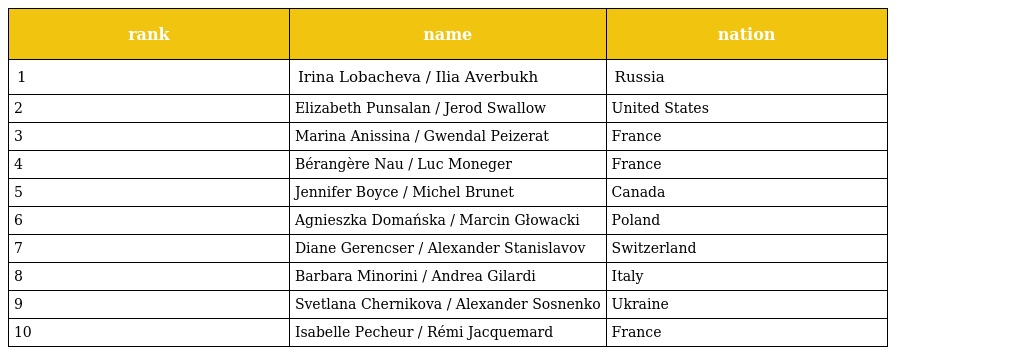
| rank | name | nation |
 | --- | --- | --- |
 | 1 | Irina Lobacheva / Ilia Averbukh | Russia |
 | 2 | Elizabeth Punsalan / Jerod Swallow | United States |
 | 3 | Marina Anissina / Gwendal Peizerat | France |
 | 4 | Bérangère Nau / Luc Moneger | France |
 | 5 | Jennifer Boyce / Michel Brunet | Canada |
 | 6 | Agnieszka Domańska / Marcin Głowacki | Poland |
 | 7 | Diane Gerencser / Alexander Stanislavov | Switzerland |
 | 8 | Barbara Minorini / Andrea Gilardi | Italy |
 | 9 | Svetlana Chernikova / Alexander Sosnenko | Ukraine |
 | 10 | Isabelle Pecheur / Rémi Jacquemard | France |